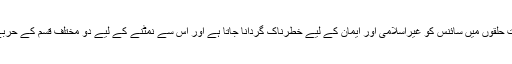
خاص طور پر قدامت پرست حلقوں میں سائنس کو غیراسلامی اور ایمان کے لیے خطرناک گردانا جاتا ہے اور اس سے نمٹنے کے لیے دو مختلف قسم کے حربے استعمال کیے جاتے ہیں۔